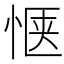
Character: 惬